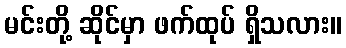
မင်းတို့ ဆိုင်မှာ ဖက်ထုပ် ရှိသလား။